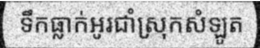
ទឹកធ្លាក់អូរជាំស្រុកសំឡូត